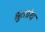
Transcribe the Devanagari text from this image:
श्रुतग्रंथ